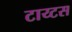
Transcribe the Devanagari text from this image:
टाय्टस